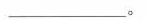
____________。